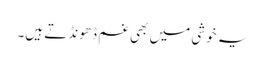
یہ خوشی میں بھی غم ڈھونڈتے ہیں۔